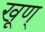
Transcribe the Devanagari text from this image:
खूण्